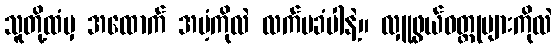
သူတို့ထံမှ အထောက် အပံ့ကိုလဲ လက်မခံပါနဲ့။ လှူဖွယ်ဝတ္ထုများကိုလဲ